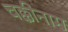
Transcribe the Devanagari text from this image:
चक्कीनाम